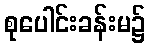
စုပေါင်းခန်းမ၌